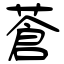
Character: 蒼